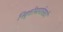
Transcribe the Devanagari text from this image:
निवृत्तीमार्गासाठी